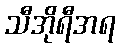
သီအိုရီအရ